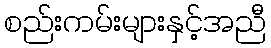
စည်းကမ်းများနှင့်အညီ